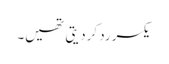
یکسر رد کردیتی تھیں۔